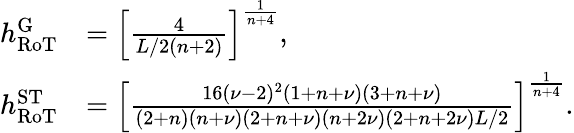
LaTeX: \begin{array}{rl}{h_{\mathrm{RoT}}^{\mathrm{G}}}&{=\left[\frac{4}{L/2(n+2)}\right]^{\frac{1}{n+4}},}\\ {h_{\mathrm{RoT}}^{\mathrm{ST}}}&{=\left[\frac{16(\nu-2)^{2}(1+n+\nu)(3+n+\nu)}{(2+n)(n+\nu)(2+n+\nu)(n+2\nu)(2+n+2\nu)L/2}\right]^{\frac{1}{n+4}}.}\end{array}